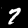
Digit: 7